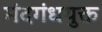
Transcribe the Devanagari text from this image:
मंदगंधयुक्त